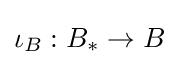
\iota _{B}:B_{*}\rightarrow B